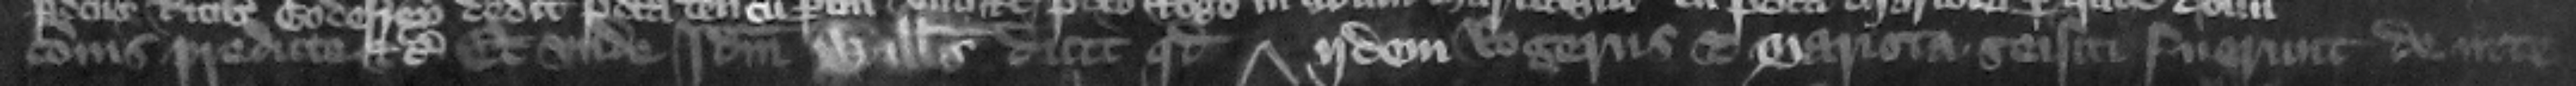
cionis predicte etc. Et vnde idem Willelmus dicit quod ijdem Rogerus et Mariota seisiti fuerunt de inte